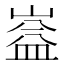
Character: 𭗆